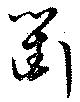
衢